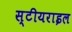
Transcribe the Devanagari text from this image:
स्टीयराइल